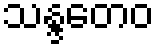
သန္ဒတေဝ